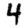
Digit: 4